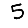
Digit: 5